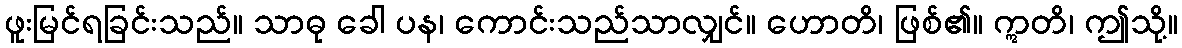
ဖူးမြင်ရခြင်းသည်။ သာဓု ခေါ ပန၊ ကောင်းသည်သာလျှင်။ ဟောတိ၊ ဖြစ်၏။ ဣတိ၊ ဤသို့။